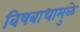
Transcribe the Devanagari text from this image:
विषबाधामुळे